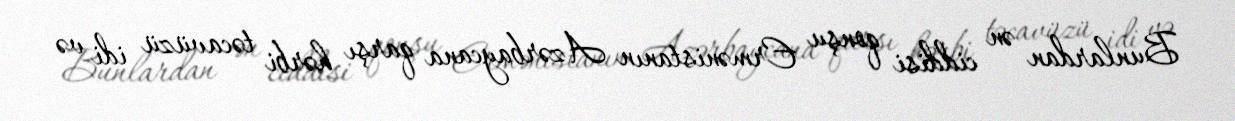
Bunlardan ən ciddisi qonşu Ermənistanın Azərbaycana qarşı hərbi təcavüzü idi və